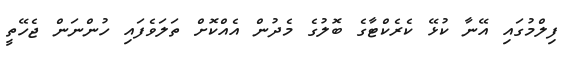
ފިލްމުގައި އޭނާ ކުޅޭ ކެރެކްޓާގެ ބޮލުގެ މެދުން އެއްކޮށް ތަލަވެފައި ހުންނަން ޖެހޭތީ